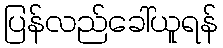
ပြန်လည်ခေါ်ယူရန်